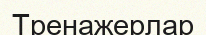
Тренажерлар